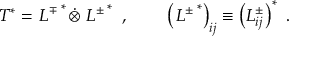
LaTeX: T ^ { * } = \left. L ^ { \mp } \right. ^ { * } \dot { \otimes } \left. L ^ { \pm } \right. ^ { * } ~ , ~ ~ ~ ~ ~ ~ \left( \left. L ^ { \pm } \right. ^ { * } \right) _ { i j } \equiv \left( L _ { i j } ^ { \pm } \right) ^ { * } ~ .